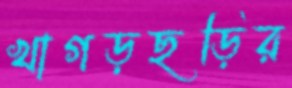
খাগড়ছড়ির